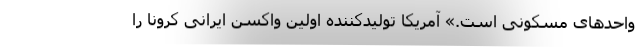
واحد‌های مسکونی است.» آمریکا تولیدکننده اولین واکسن ایرانی کرونا را